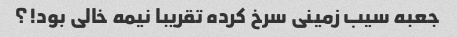
جعبه سیب زمینی سرخ کرده تقریبا نیمه خالی بود!؟